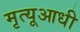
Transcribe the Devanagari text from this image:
मृत्यूआधी